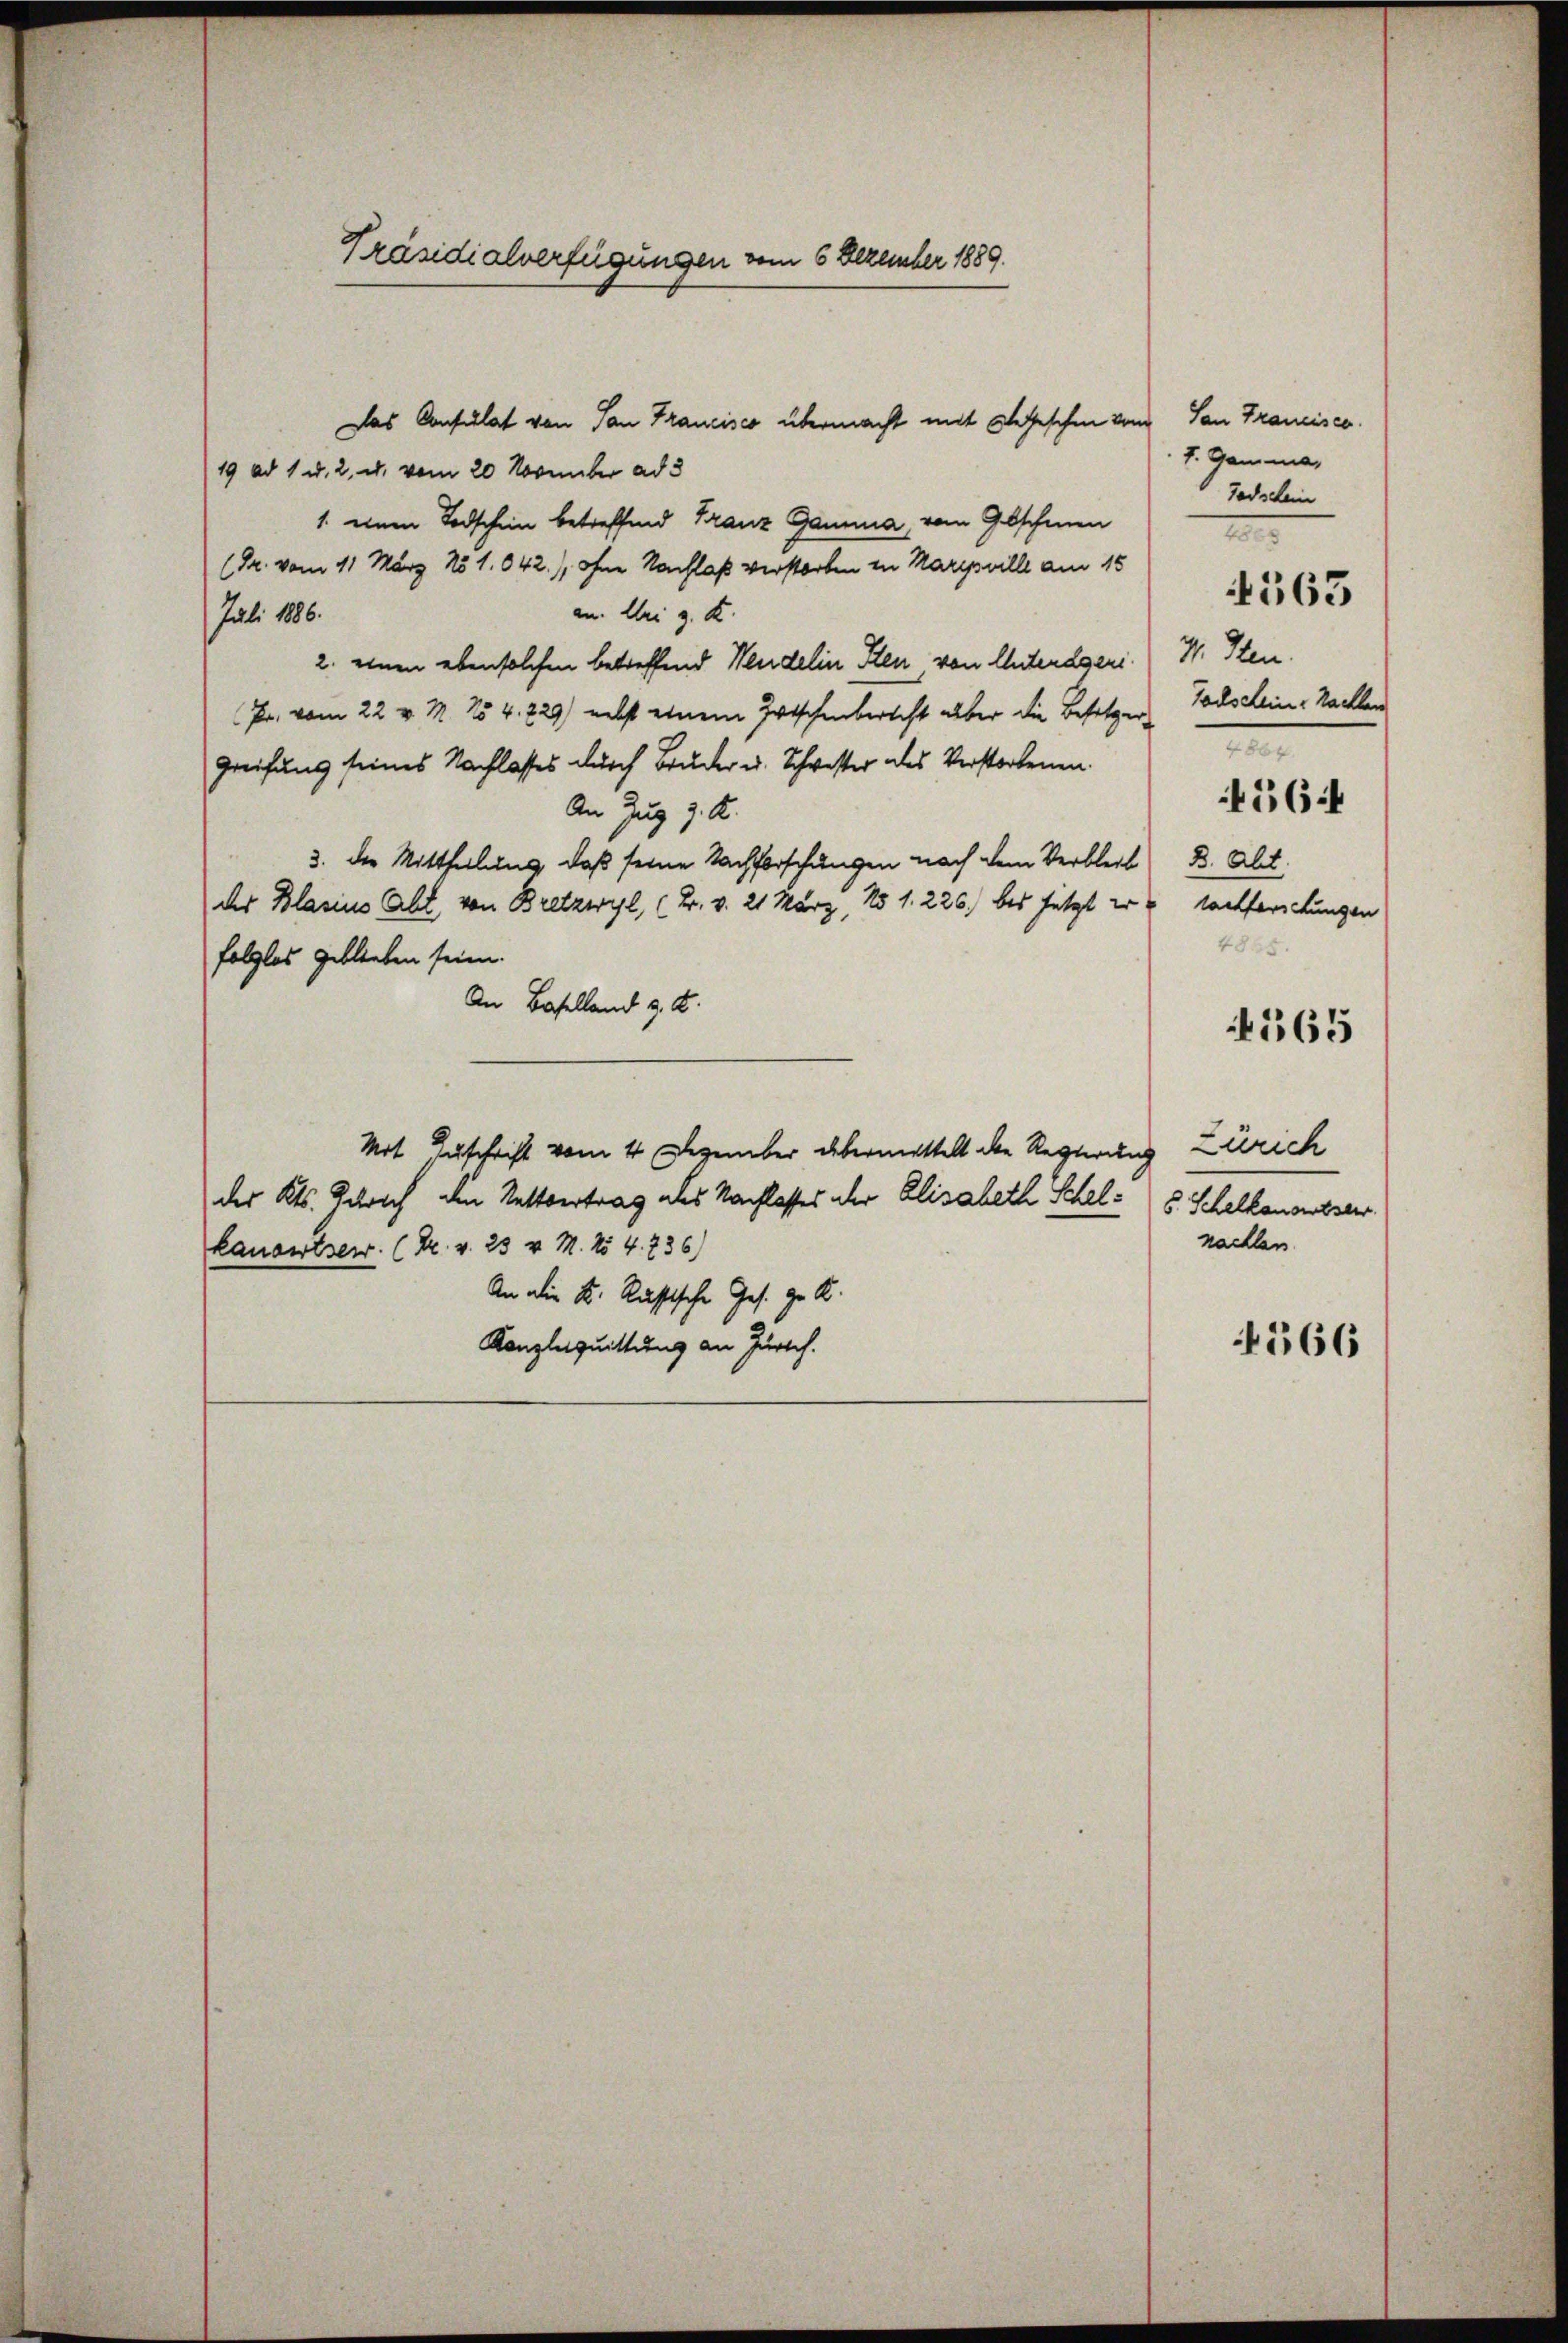
Präsidialverfügungen vom 6 Dezember 1889.

Das Consulat von San Francisco übermacht mit Segeschen vom San Francisco
19 ad 1 u. 2, u. vom 20 November ad 3
1. einen Todschein betreffend Franz Gauma, vom Geschenen
(Dr. vom 11 März 181. 642.), ohne Nachlaß verstorben in Mareville am 15
an. Aber z. K.
Juli 1886.
2. einen ebensolchen betreffend Wendelin Iten von Unterägeri
Pr. vom 22. v. M. No 4. 229) nebst einem Zutschenbericht über die Besitzer Todschein-Kachen
Greifung seines Nachlasses durch Bruder u. Schwester des Verstorbenen
An Zug z. K.
3. die Mittheilung, daß seine Nachforschungen nach dem Verbleib B. Abt.
des Blasius Acht von Bretzwyl, (Br. v. 21 März, No 1. 226.) bis jetzt er Nachforschungen
folglos geblieben seien.
An Baselland z. B.
Mit Zuschrift vom 4. Dezember übermittelt die Regierung Zürich
des Kts. Zürich den Nettvertrag des Nachlasses oder Elisabeth Schel- 5. Schelkonsesserr
kausstser. (Dr. v. 23 v. M. No 4. 736)
An die K. Russische Ges. ze A.
Kanzleiquittung an Zürich.

v. Gemme,
Todschein
I
31. Sten.
2
4564
4845.

4563

365

nachten.

4566